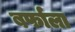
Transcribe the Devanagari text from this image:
बर्फाला